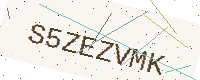
Text: S5ZEZVMK